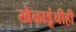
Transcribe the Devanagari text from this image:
खेळाडूंचीही